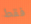
فقط